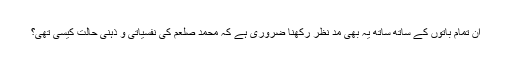
ان تمام باتوں کے ساتھ ساتھ یہ بھی مد نظر رکھنا ضروری ہے کہ محمد صلعم کی نفسیاتی و ذہنی حالت کیسی تھی؟